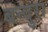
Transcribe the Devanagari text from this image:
बन्दुरा